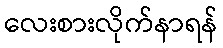
လေးစားလိုက်နာရန်